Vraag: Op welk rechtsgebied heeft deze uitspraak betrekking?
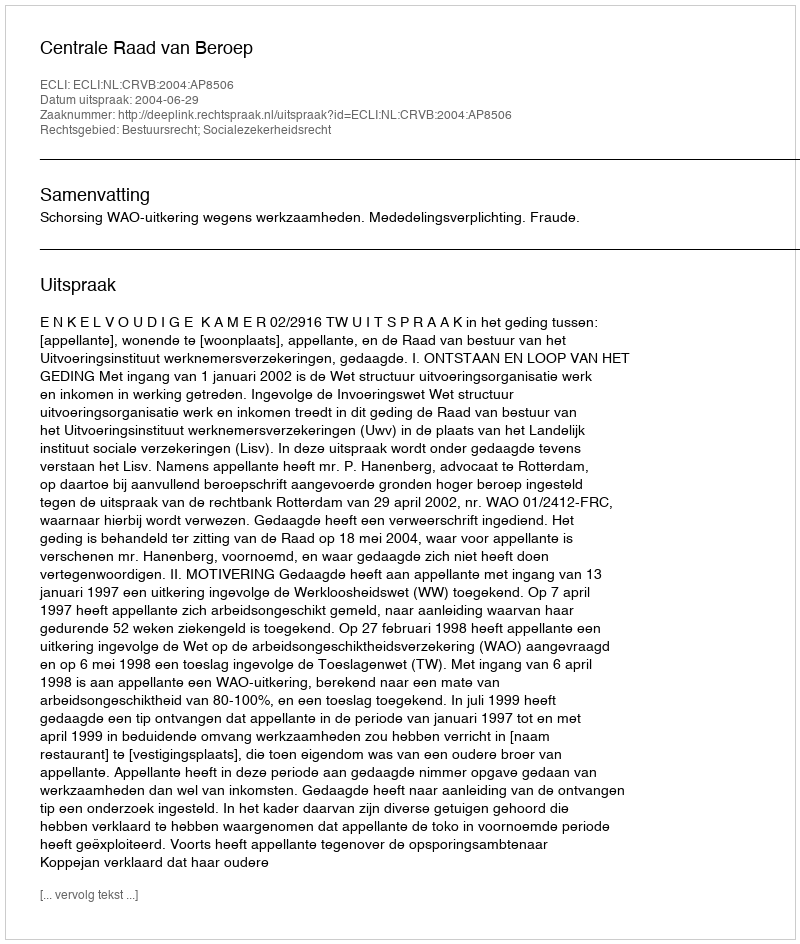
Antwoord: Bestuursrecht; Socialezekerheidsrecht